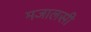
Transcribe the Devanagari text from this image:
मजालसी